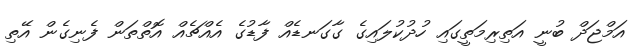
އަމްޖަދް ބުނީ އަތިރިމަތީގައި ހުދުކުލައިގެ ގާގަނޑެއް ފާޑުގެ އެއްޗެއް އޮތްތަން ފެނިގެން އޭތި